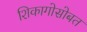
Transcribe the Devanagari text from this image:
शिकागोसोबत